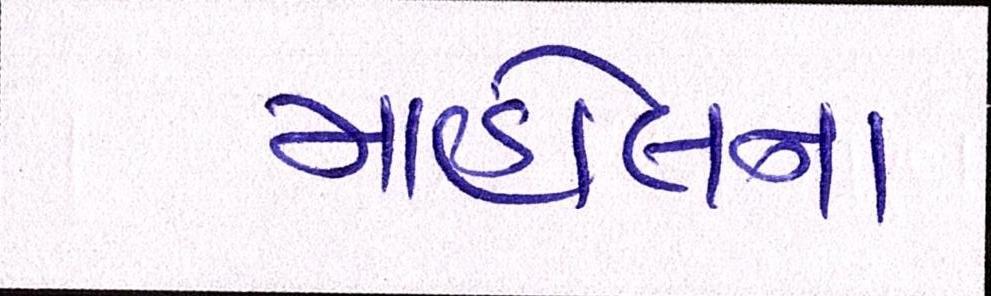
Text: માહોલનો